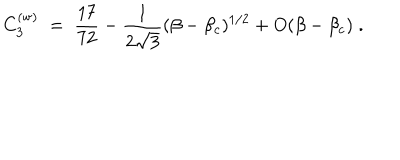
C _ { 3 } ^ { ( \mathrm { w } ) } \; = \; { \frac { 1 7 } { 7 2 } } - { \frac { 1 } { 2 \sqrt { 3 } } } ( \beta - \beta _ { c } ) ^ { 1 / 2 } + O ( \beta - \beta _ { c } ) \; .